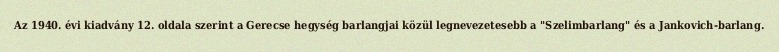
Az 1940. évi kiadvány 12. oldala szerint a Gerecse hegység barlangjai közül legnevezetesebb a "Szelimbarlang" és a Jankovich-barlang.